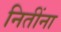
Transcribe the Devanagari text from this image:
नितींना